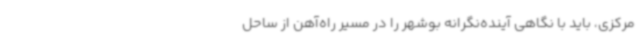
مرکزی، باید با نگاهی آینده‌نگرانه بوشهر را در مسیر راه‌آهن از ساحل